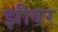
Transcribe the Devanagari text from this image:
झीवर